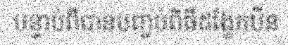
បន្ទាប់ពីបានបញ្ចប់ពិធីដង្ហែកឋិន